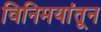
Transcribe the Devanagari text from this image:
विनिमयांतून